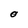
Character: O